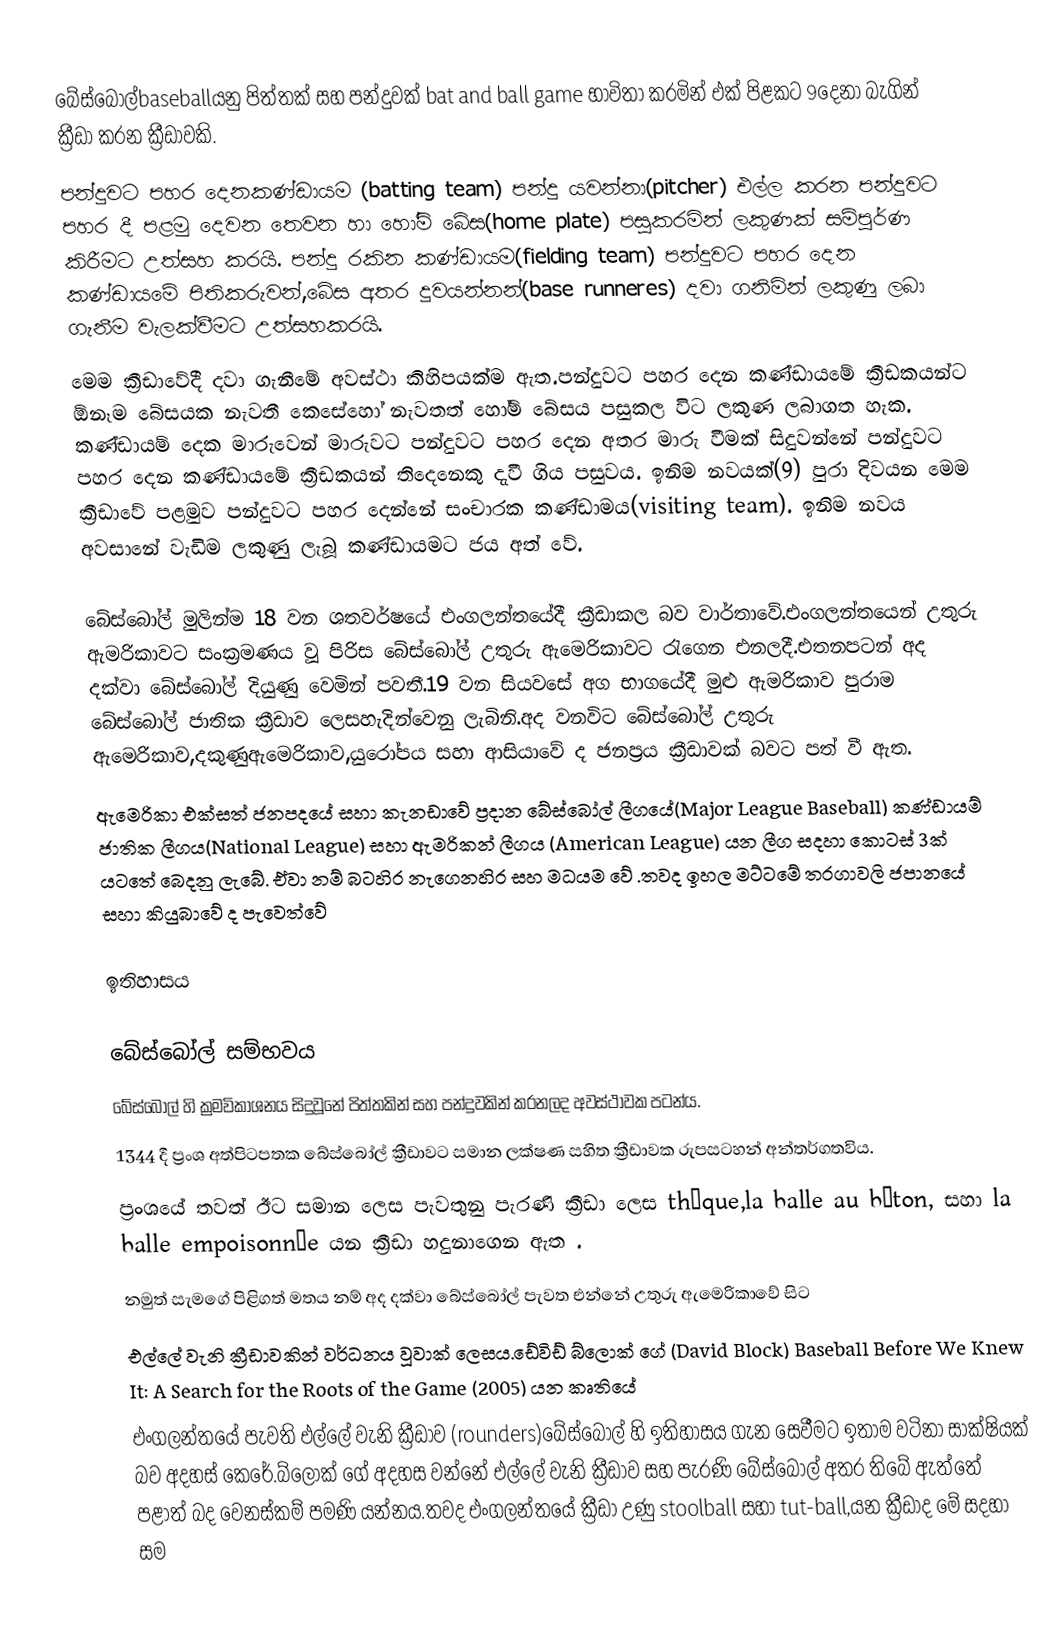
බේස්බෝල්baseballයනු පිත්තක් සහ පන්දුවක් bat and ball game භාවිතා කරමින්  එක් පිළකට 9දෙනා බැගින්  ක්‍රීඩා කරන ක්‍රීඩාවකි.
පන්දුවට පහර දෙනකණ්ඩායම (batting team) පන්දු යවන්නා(pitcher) එල්ල කරන පන්දුවට පහර දී  පළමු දෙවන තෙවන හා හෝම් බේස(home plate) පසුකරමින් ලකුණක් සම්පුර්ණ කිරීමට උත්සහ කරයි. පන්දු රකින කණ්ඩායම(fielding team) පන්දුවට පහර දෙන කණ්ඩායමේ පිතිකරුවන්,බේස අතර දුවයන්නන්(base runneres) දවා ගනිමින් ලකුණු ලබා ගැනීම වැලක්වීමට උත්සහකරයි.
මෙම ක්‍රීඩාවේදී දවා ගැනීමේ අවස්ථා කිහිපයක්ම ඇත.පන්දුවට පහර දෙන කණ්ඩායමේ  ක්‍රීඩකයන්ට ඕනෑම බේසයක නැවතී කෙසේහෝ  නැවතත් හෝම් බේසය පසුකල විට ලකුණ ලබාගත හැක. කණ්ඩායම් දෙක මාරුවෙන් මාරුවට පන්දුවට පහර දෙන අතර මාරු වීමක් සිදුවන්නේ පන්දුවට පහර දෙන කණ්ඩායමේ ක්‍රීඩකයන් තිදෙනෙකු දැවී ගිය පසුවය. ඉනිම නවයක්(9) පුරා දිවයන මෙම ක්‍රීඩාවේ පළමුව පන්දුවට පහර දෙන්නේ සංචාරක කණ්ඩාමය(visiting team). ඉනිම නවය අවසානේ වැඩිම ලකුණු ලැබූ කණ්ඩායමට ජය අත් වේ.

බේස්බෝල් මුලින්ම 18 වන ශතවර්ෂයේ එංගලන්තයේදී ක්‍රීඩාකල බව වාර්තාවේ.එංගලන්තයෙන් උතුරු ඇමරිකාවට සංක්‍රමණය වූ පිරිස බේස්බෝල් උතුරු ඇමෙරිකාවට රැගෙන එනලදී.එතනපටන් අද දක්වා බේස්බෝල් දියුණු වෙමින් පවතී.19 වන සියවසේ අග භාගයේදී  මුළු ඇමරිකාව පුරාම බේස්බෝල් ජාතික ක්‍රීඩාව ලෙසහැදින්වෙනු ලැබිනි.අද වනවිට බේස්බෝල් උතුරු ඇමෙරිකාව,දකුණුඇමෙරිකාව,යුරෝපය සහා ආසියාවේ ද ජනප්‍රය ක්‍රීඩාවක් බවට පත් වී ඇත.
ඇමෙරිකා එක්සත් ජනපදයේ සහා කැනඩාවේ ප්‍රදාන බේස්බෝල් ලීගයේ(Major League Baseball)  කණ්ඩායම් ජාතික ලීගය(National League) සහා ඇමරිකන් ලීගය (American League) යන ලීග සදහා කොටස් 3ක් යටතේ බෙදනු ලැබේ. ඒවා නම් බටහිර නැගෙනහිර සහ මධයම වේ .තවද ඉහල මට්ටමේ තරගාවලි ජපානයේ සහා කියුබාවේ ද පැවෙත්වේ

ඉතිහාසය

බේස්බෝල්  සම්භවය
බේස්බෝල් හි ක්‍රමවිකාශනය සිදුවූනේ පිත්තකින් සහ පන්දුවකින් කරනලද අවස්ථාවක පටන්ය.
1344 දී ප්‍රංශ අත්පිටපතක බේස්බෝල් ක්‍රීඩාවට සමාන ලක්ෂණ සහිත ක්‍රීඩාවක රුපසටහන් අන්තර්ගතවිය.
ප්‍රංශයේ  තවත් ඊට සමාන ලෙස පැවතුනු  පැරණි ක්‍රීඩා ලෙස   thèque,la balle au bâton, සහා la balle empoisonnée යන ක්‍රීඩා හදුනාගෙන ඇත .
නමුත් සැමගේ පිළිගත් මතය නම් අද දක්වා බේස්බෝල් පැවත එන්නේ උතුරු ඇමෙරිකාවේ සිට
එල්ලේ වැනි ක්‍රීඩාවකින් වර්ධනය  වූවාක් ලෙසය.ඩේවිඩ් බ්ලොක් ගේ (David Block)  Baseball Before We Knew It: A Search for the Roots of the Game (2005) යන කෘතියේ
එංගලන්තයේ පැවති එල්ලේ වැනි ක්‍රීඩාව (rounders)බේස්බෝල් හි ඉතිහාසය ගැන සෙවීමට ඉතාම වටිනා සාක්ෂියක් බව අදහස් කෙරේ.බ්ලොක් ගේ අදහස වන්නේ එල්ලේ වැනි ක්‍රීඩාව සහ පැරණි බේස්බෝල් අතර තිබේ ඇත්තේ පළාත් බද වෙනස්කම් පමණි යන්නය.තවද එංගලන්තයේ ක්‍රීඩා උණු stoolball සහා tut-ball,යන ක්‍රීඩාද මේ සදහා සම